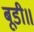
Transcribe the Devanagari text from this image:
बूडी॥